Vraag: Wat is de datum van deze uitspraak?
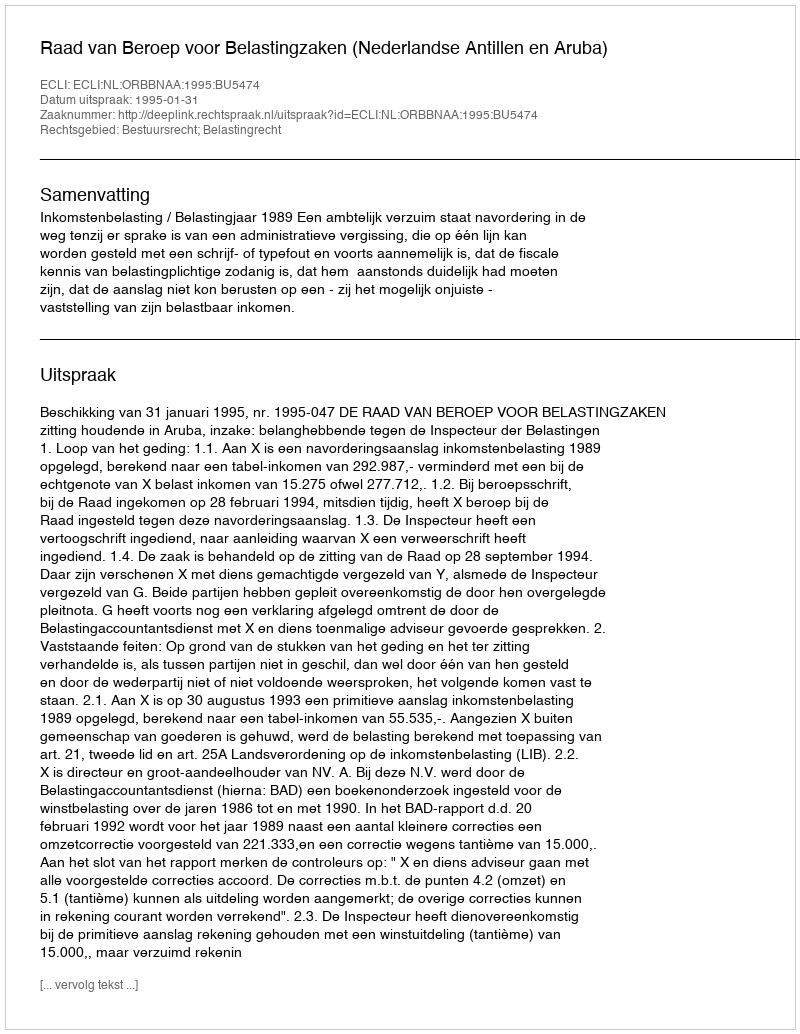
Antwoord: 1995-01-31